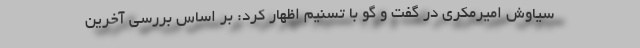
سیاوش امیرمکری در گفت و گو با تسنیم اظهار کرد: بر اساس بررسی آخرین